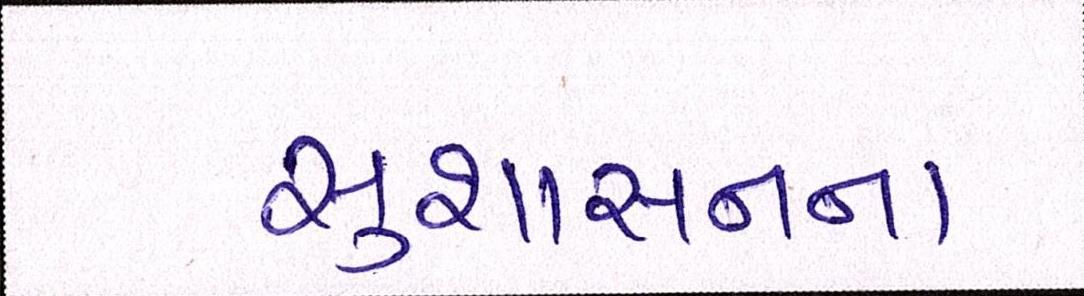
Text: સુશાસનના